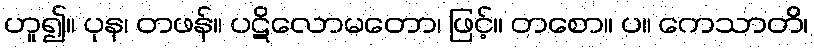
ဟူ၍။ ပုန၊ တဖန်။ ပဋိလောမတော၊ ဖြင့်။ တစော။ ပ။ ကေသာတိ၊